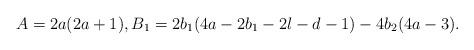
LaTeX: \begin{align*} A = 2a(2a+1), B_1 = 2b_1(4a-2b_1-2l-d-1) - 4b_2(4a-3).\end{align*}